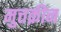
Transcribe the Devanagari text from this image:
मुत्तक़ीन